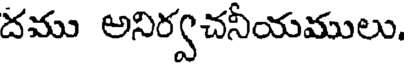
దము అనిర్వచనీయములు.